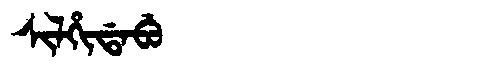
Manchu: ᠰᡳᠯᡥᡳᡩᠠᠪᡠ
Romanization: SILHIDABU